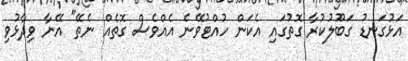
އަޅުގަނޑު ގަބޫލުކުރާ ގޮތުގައި އެކަން ހުއްޓުވޭނެ އެއްވެސް ގޮތެއް ނެތޭ" އޭނާ ވިދާޅުވި